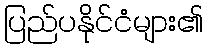
ပြည်ပနိုင်ငံများ၏